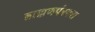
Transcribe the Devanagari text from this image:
ब्राह्मणपंरपरा